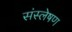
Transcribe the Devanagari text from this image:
संस्लेषण